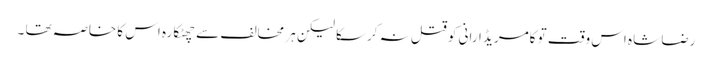
رضا شاہ اس وقت تو کامریڈ ارانی کو قتل نہ کرسکا لیکن ہر مخالف سے چھٹکارہ اس کا خاصہ تھا ۔